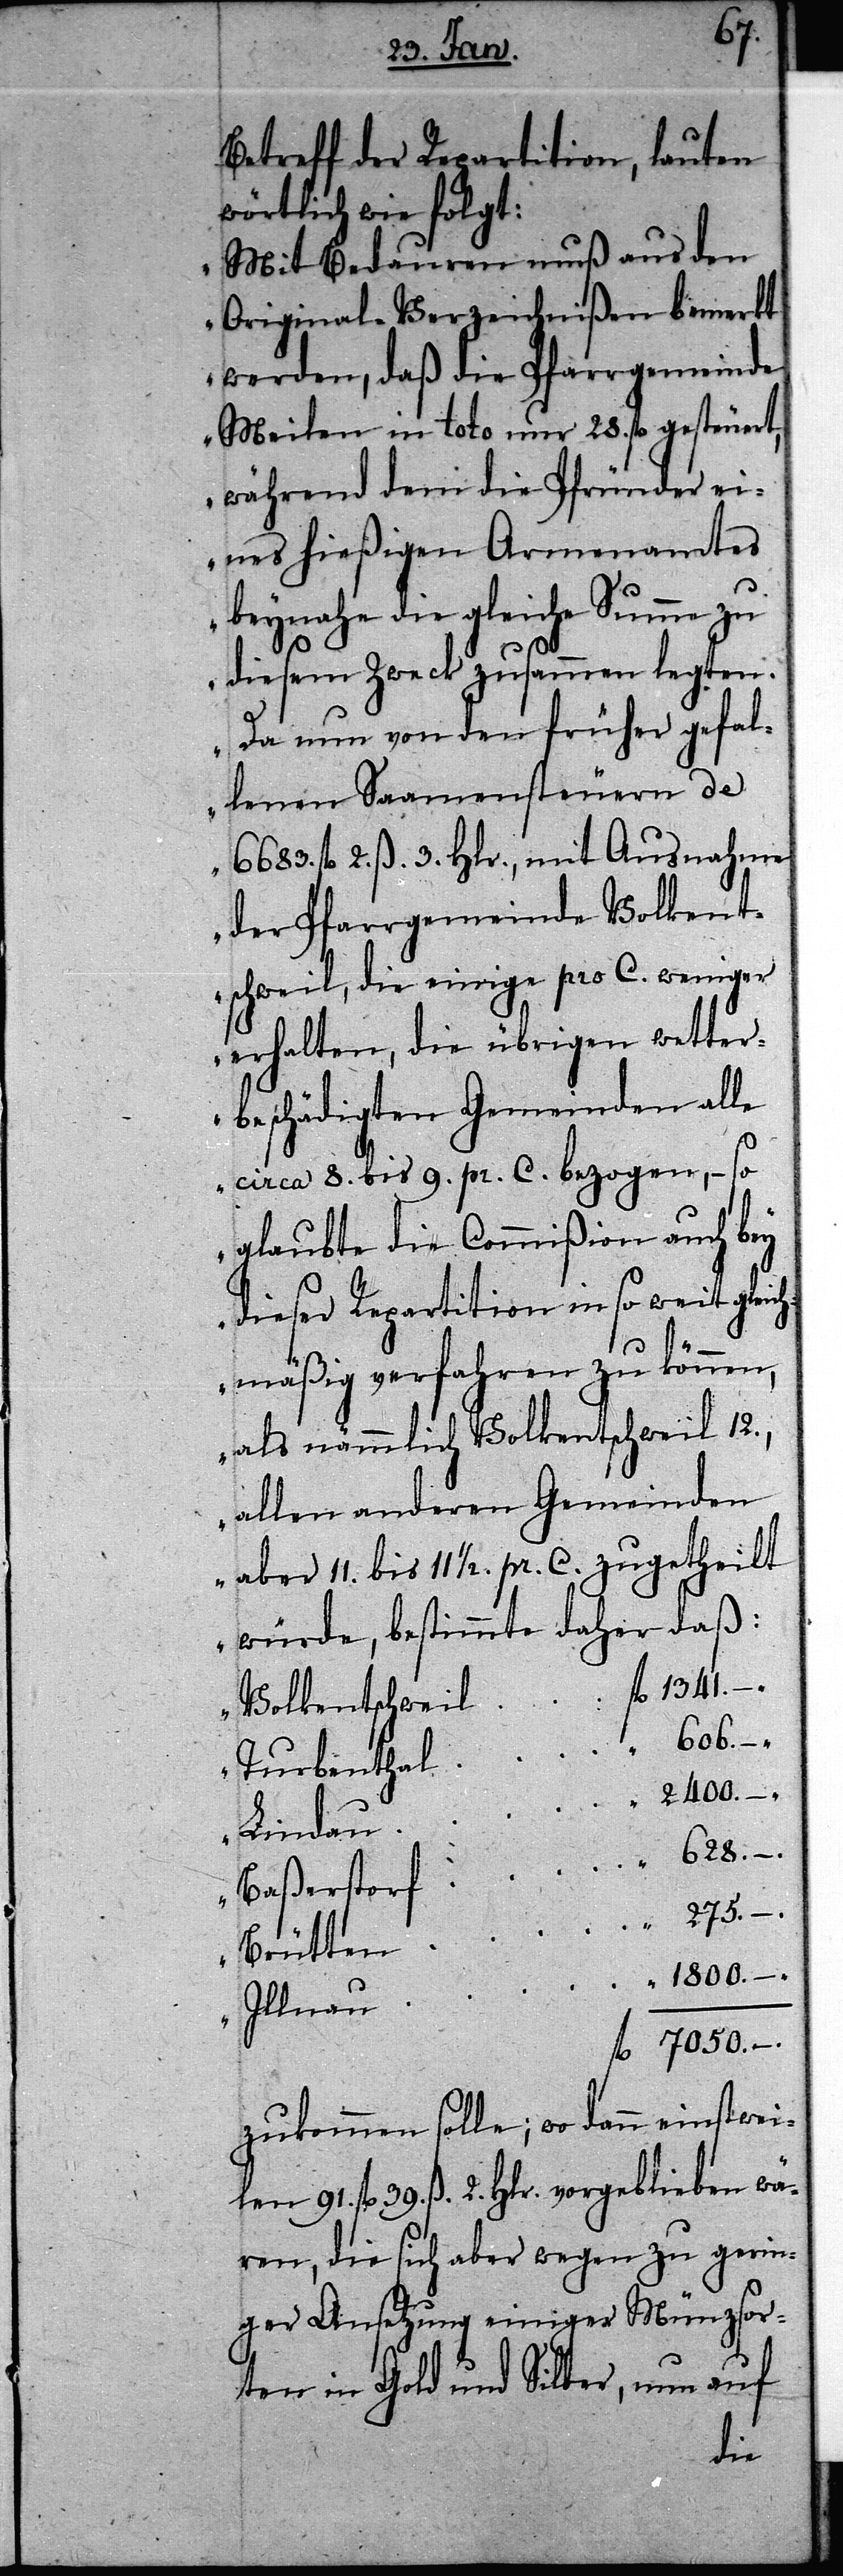
Betreff der Repartition, lauten
wörtlich wie folgt:
„Mit Bedauren muß aus den
Original-Verzeichnißen bemerkt
werden, daß die Pfarrgemeinde
Meilen in toto nur 28. fl. gesteuert,
während dem die Pfründer ei¬
nes hießigen Armenamtes
beynahe die gleiche Summe zu
diesem Zweck zusammen legten.
Da nun von den früher gefal¬
lenen Saamensteuern de
6683. fl. 2. ß. 3. Hlr., mit Ausnahme
der Pfarrgmeinde Volkent¬
schweil, die einige pro C. weniger
erhalten, die übrigen wetter¬
beschädigten Gemeinden alle
circa 8. bis 9. pr. C. bezogen, – so
glaubte die Commißion auch bey
dieser Repartition in so weit gleic¬
hmäßig verfahren zu können,
als nämmlich Volkentschweil 12.,
allen anderen Gemeinden
aber 11. bis 111/2. pr. C. zugetheilt
würde, bestimmte daher daß:
zukommen solle; wo dann einstwei¬
len 91. fl. 39. ß. 2. Hlr. vorgeblieben wä¬
ren, die sich aber wegen zu gerin¬
ger Ansetzung einiger Münzsor¬
ten in Gold und Silber, nun auf